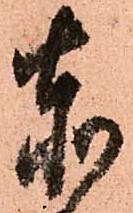
赤